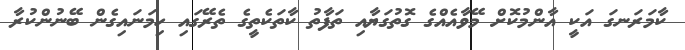
ކާމަރަނގަ އަކީ އާންމުކޮށް މޭވާއެއްގެ ގޮތުގަޔާއި ތަފާތު ކާތަކެތީގެ ތެރޭގައި ހިމަނައިގެން ބޭނުންކުރާ